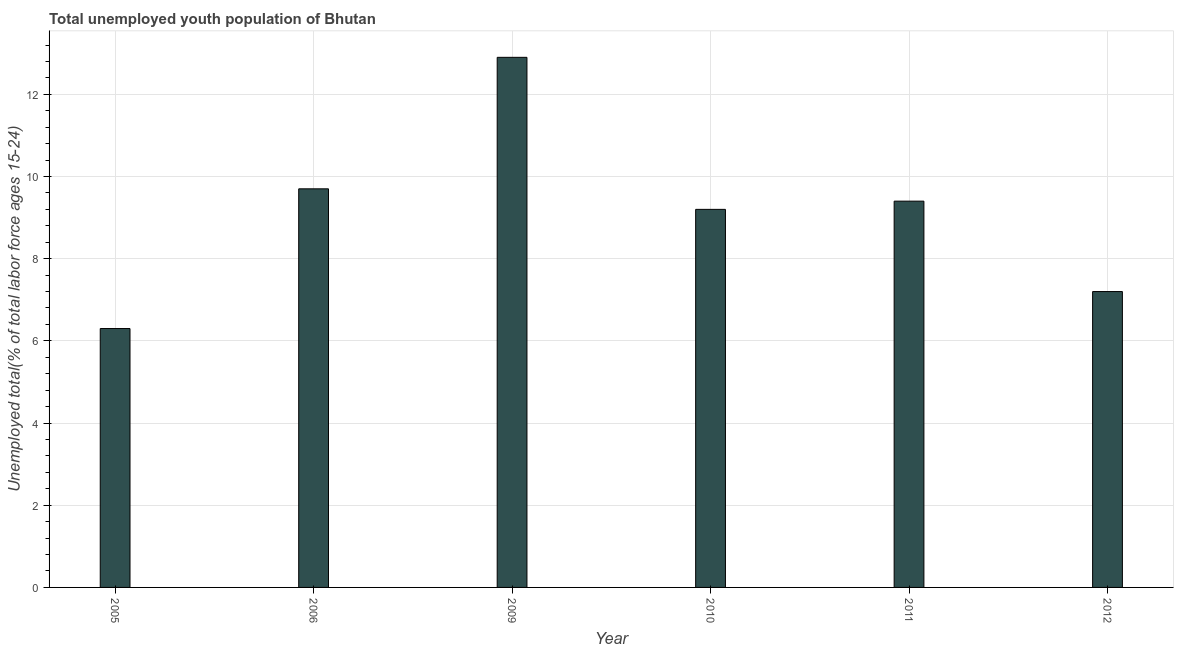
| Year | Unemployment youth total |
 | --- | --- |
 | 2005 | 6.3 |
 | 2006 | 9.7 |
 | 2009 | 12.9 |
 | 2010 | 9.2 |
 | 2011 | 9.4 |
 | 2012 | 7.2 |